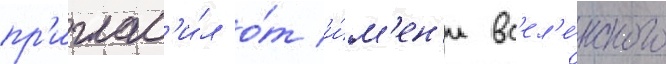
пр'иглас'и́л о́т и́м'ен'и вс'ел'е́нского